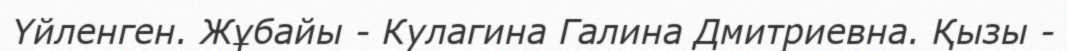
Үйленген. Жұбайы - Кулагина Галина Дмитриевна. Қызы -